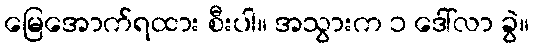
မြေအောက်ရထား စီးပါ။ အသွားက ၁ ဒေါ်လာ ခွဲ။